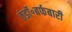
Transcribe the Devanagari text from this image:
ठंडॉ॰बर्फबारी